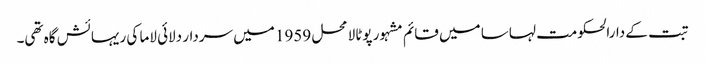
تبت کے دارالحکومت لہاسا میں قائم مشہور پوٹالا محل 1959 میں سردار دلائی لاما کی ریہائش گاہ تھی۔